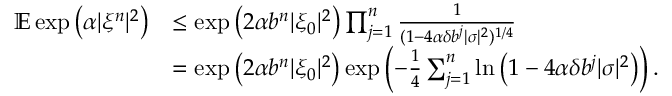
\begin{array} { r l } { \mathbb { E } \exp \left( \alpha | \xi ^ { n } | ^ { 2 } \right) } & { \leq \exp \left( 2 \alpha b ^ { n } | \xi _ { 0 } | ^ { 2 } \right) \prod _ { j = 1 } ^ { n } \frac { 1 } { ( 1 - 4 \alpha \delta b ^ { j } | \sigma | ^ { 2 } ) ^ { 1 / 4 } } } \\ & { = \exp \left( 2 \alpha b ^ { n } | \xi _ { 0 } | ^ { 2 } \right) \exp \left( - \frac { 1 } { 4 } \sum _ { j = 1 } ^ { n } \ln \left( 1 - 4 \alpha \delta b ^ { j } | \sigma | ^ { 2 } \right) \right) . } \end{array}